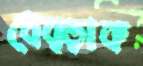
ধেব্‌ড়াক